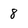
Character: 8